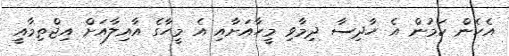
އެހެން ކަމުން އެ ހާދިސާ ދިމާވި މީހާއަށާއި އެ މީހާގެ އާއިލާއަށް އިޖްތިމާއީ